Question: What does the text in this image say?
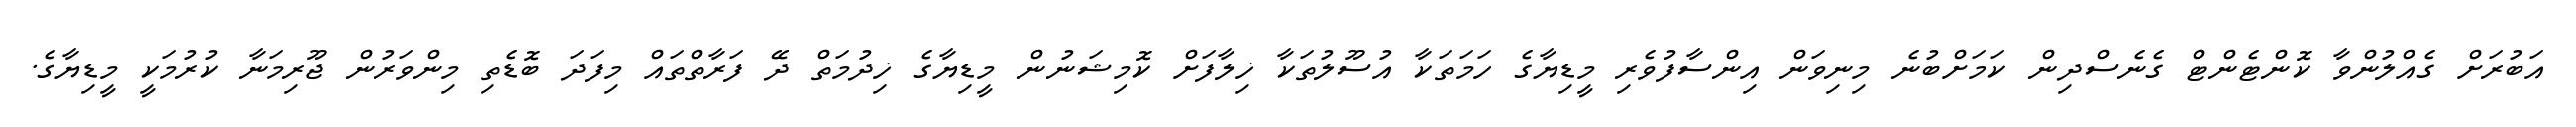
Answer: އަބުރަށް ގެއްލުންވާ ކޮންޓެންޓް ގެނެސްދިން ކަމަށްބުނެ މިނިވަން އިންސާފުވެރި މީޑިޔާގެ ހަމަތަކާ އުސޫލުތަކާ ޚިލާފަށް ކޮމިޝަނުން މީޑިޔާގެ ޚިދުމަތް ދޭ ފަރާތްތައް މިފަދަ ބޮޑެތި މިންވަރުން ޖޫރިމަނާ ކުރުމަކީ މީޑިޔާގެ.